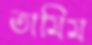
তামিম